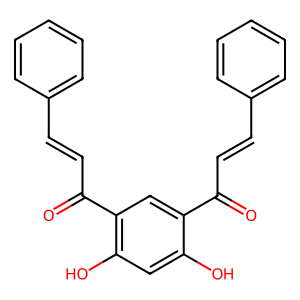
SMILES: O=C(C=Cc1ccccc1)c1cc(C(=O)C=Cc2ccccc2)c(O)cc1O
Inhibits HIV replication: No